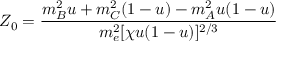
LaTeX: Z _ { 0 } = \frac { m _ { B } ^ { 2 } u + m _ { C } ^ { 2 } ( 1 - u ) - m _ { A } ^ { 2 } u ( 1 - u ) } { m _ { e } ^ { 2 } [ \chi u ( 1 - u ) ] ^ { 2 / 3 } }